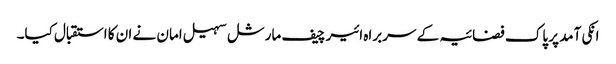
انکی آمد پر پاک فضائیہ کے سربراہ ائیر چیف مارشل سہیل امان نے ان کا استقبال کیا۔